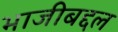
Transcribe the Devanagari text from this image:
भाजीबद्दल